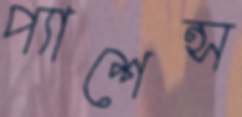
প্যাশেন্স